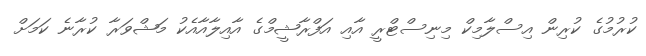
ކުރުމުގެ ކުރިން އިސްލާމިކް މިނިސްޓްރީ އާއި އަފްރާޝީމްގެ އާއިލާއާއެކު މަޝްވަރާ ކުރާނެ ކަމަށް